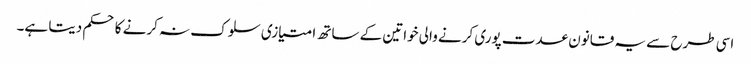
اسی طرح سے یہ قانون عدت پوری کرنے والی خواتین کے ساتھ امتیازی سلوک نہ کرنے کا حکم دیتا ہے۔